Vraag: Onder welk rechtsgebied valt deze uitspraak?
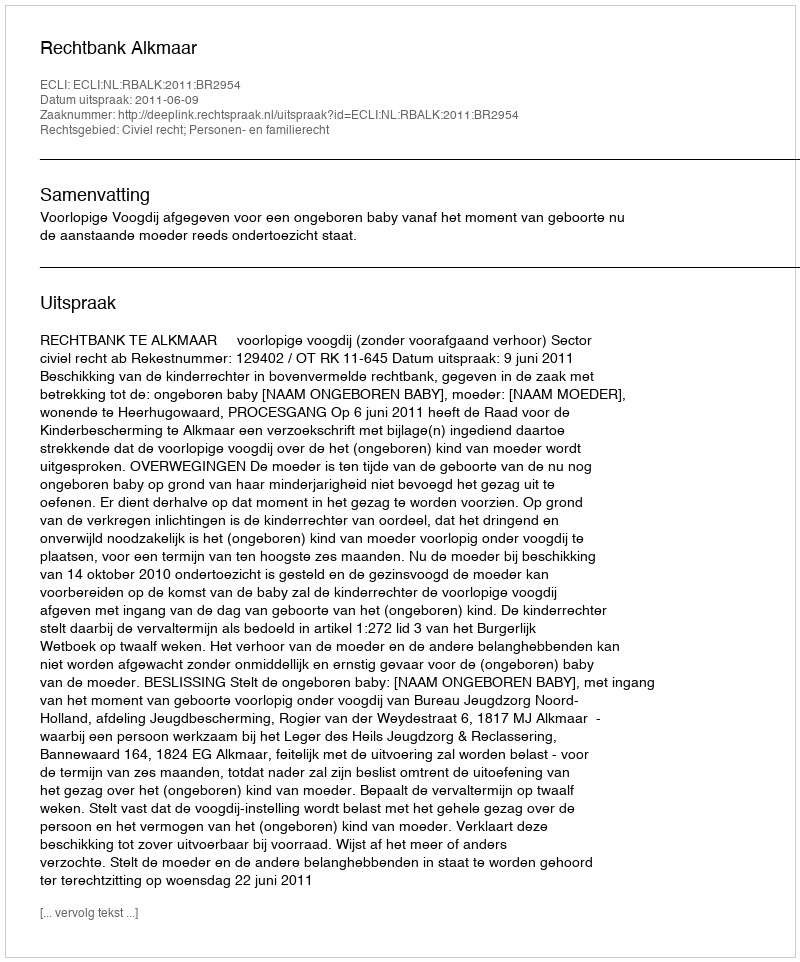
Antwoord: Civiel recht; Personen- en familierecht